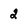
Character: 2